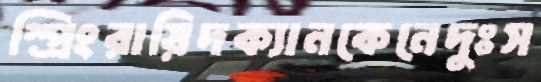
স্প্রিংরায়িদক্যানকেনেদুঃস